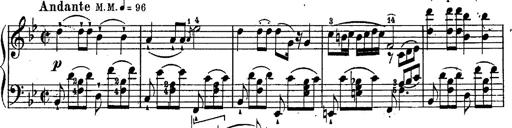
Title: Schubert's Impromptus [revised and edited by Franz Liszt]
Composer: Franz Liszt